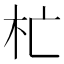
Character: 杧